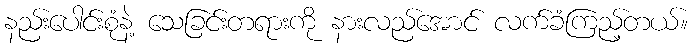
နည်းပေါင်းစုံနဲ့ သေခြင်းတရားကို နားလည်အောင် လက်ခံကြည့်တယ်။